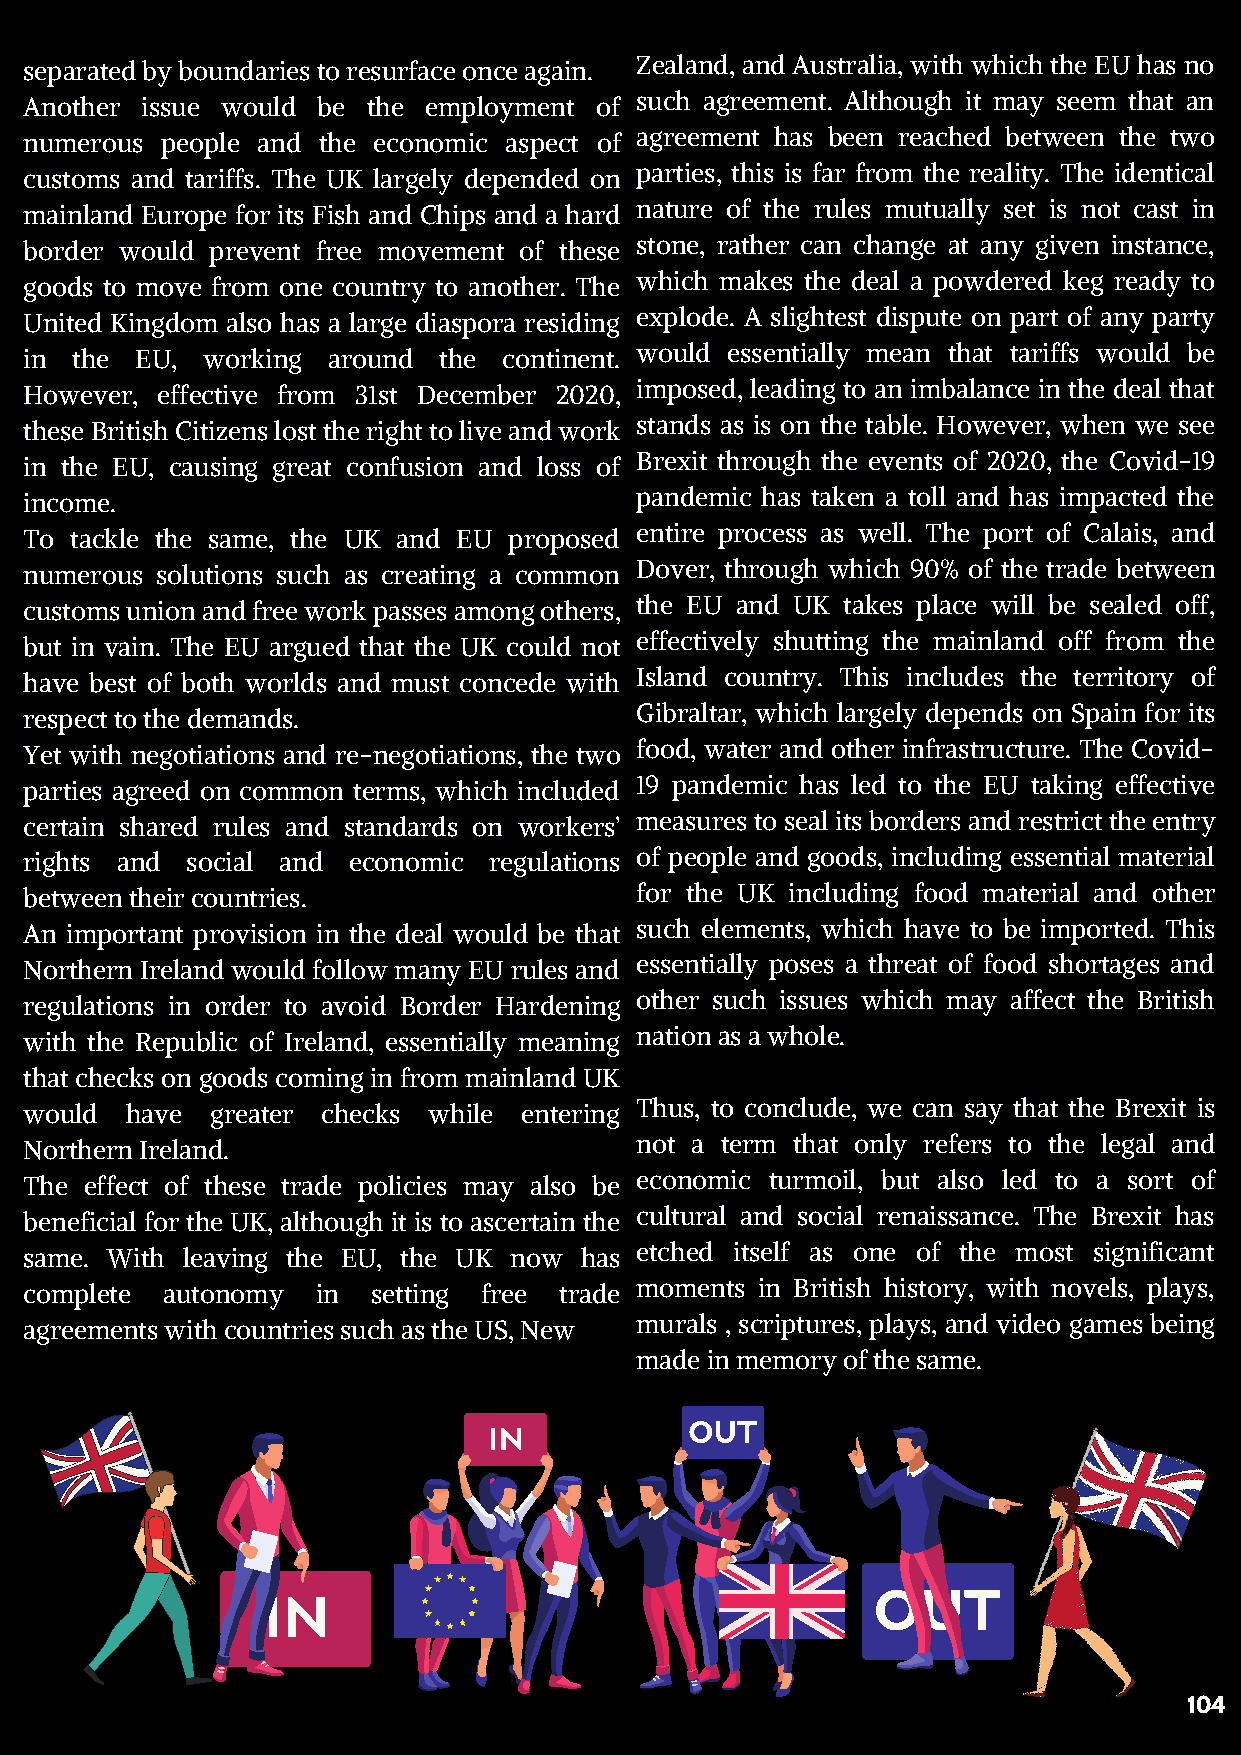
separated by boundaries to resurface once again. Zealand, and Australia, with which the EU has no
 Another issue would be the employment of such agreement. Although it may seem that an
 numerous people and the economic aspect of agreement has been reached between the two
 customs and tariffs. The UK largely depended on parties, this is far from the reality. The identical
 mainland Europe for its Fish and Chips and a hard nature of the rules mutually set is not cast in
 border would prevent free movement of these stone, rather can change at any given instance,
 goods to move from one country to another. The which makes the deal a powdered keg ready to
 United Kingdom also has a large diaspora residing explode. A slightest dispute on part of any party
 in the EU, working  around the continent. would essentially mean that tariffs would be
 However, effective from 31st December 2020, imposed, leading to an imbalance in the deal that
 these British Citizens lost the right to live and work stands as is on the table. However, when we see
 in the EU, causing great confusion and loss of Brexit through the events of 2020, the Covid-19
 income.                                 pandemic has taken a toll and has impacted the
 To tackle the same, the UK and EU proposed entire process as well. The port of Calais, and
 numerous solutions such as creating a common Dover, through which 90% of the trade between
 customs union and free work passes among others, the EU and UK takes place will be sealed off,
 but in vain. The EU argued that the UK could not effectively shutting the mainland off from the
 have best of both worlds and must concede with Island country. This includes the territory of
 respect to the demands.                 Gibraltar, which largely depends on Spain for its
 Yet with negotiations and re-negotiations, the two food, water and other infrastructure. The Covid-
 parties agreed on common terms, which included 19 pandemic has led to the EU taking effective
 certain shared rules and standards on workers’ measures to seal its borders and restrict the entry
 rights and social and economic regulations of people and goods, including essential material
 between their countries.                for the UK including food material and other
 An important provision in the deal would be that such elements, which have to be imported. This
 Northern Ireland would follow many EU rules and essentially poses a threat of food shortages and
 regulations in order to avoid Border Hardening other such issues which may affect the British
 with the Republic of Ireland, essentially meaning nation as a whole.
 that checks on goods coming in from mainland UK
 would have  greater checks while entering Thus, to conclude, we can say that the Brexit is
 Northern Ireland.                       not a term that only refers to the legal and
 The effect of these trade policies may also be economic turmoil, but also led to a sort of
 beneficial for the UK, although it is to ascertain the cultural and social renaissance. The Brexit has
 same. With leaving the EU, the UK now has etched itself as one of the most significant
 complete autonomy  in  setting free trade moments in British history, with novels, plays,
 agreements with countries such as the US, New murals , scriptures, plays, and video games being
 made in memory of the same.
 104